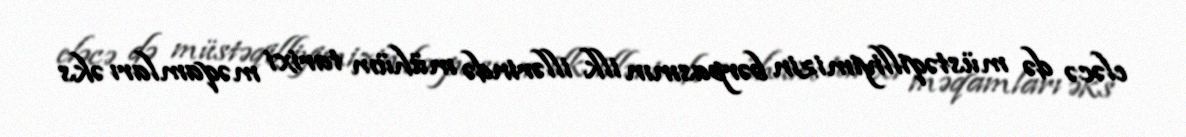
eləcə də müstəqilliyimizin bərpasının ilk illərində mühüm tarixi məqamları əks